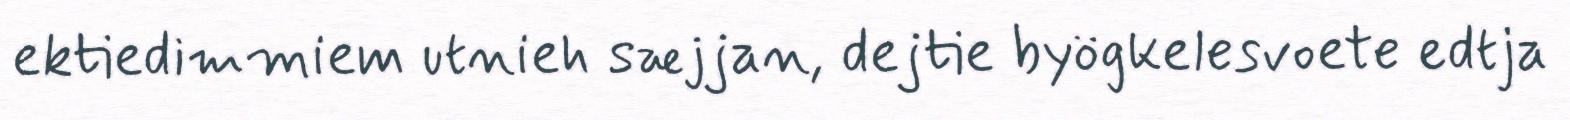
ektiedimmiem utnieh sæjjan, dejtie byögkelesvoete edtja